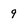
Character: 9